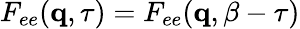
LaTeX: F_{ee}(\mathbf{q},\tau)=F_{ee}(\mathbf{q},\beta-\tau)